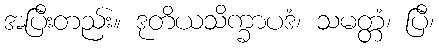
အပြီးတည်း။ ဒုတိယသိက္ခာပဒံ၊ သမတ္တံ၊ ပြီ၊